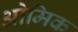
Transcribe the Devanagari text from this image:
ओमिक